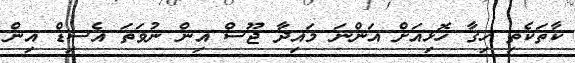
ކާތަކެތި ހިގާ ހޮޅިއަށް އަންނަ މައިދާ ޖޫސް އިން ނުވަތަ އެސިޑް އިން